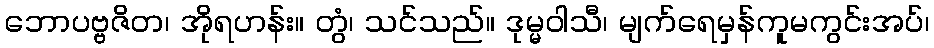
ဘောပဗ္ဗဇိတ၊ အိုရဟန်း။ တွံ၊ သင်သည်။ ဒုမ္မဝါသီ၊ မျက်ရေမှန်ကူမကွင်းအပ်၊